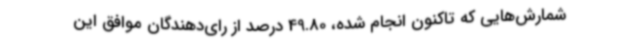
شمارش‌هایی که تاکنون انجام شده، 49.80 درصد از رای‌دهندگان موافق این